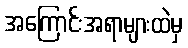
အကြောင်းအရာများထဲမှ